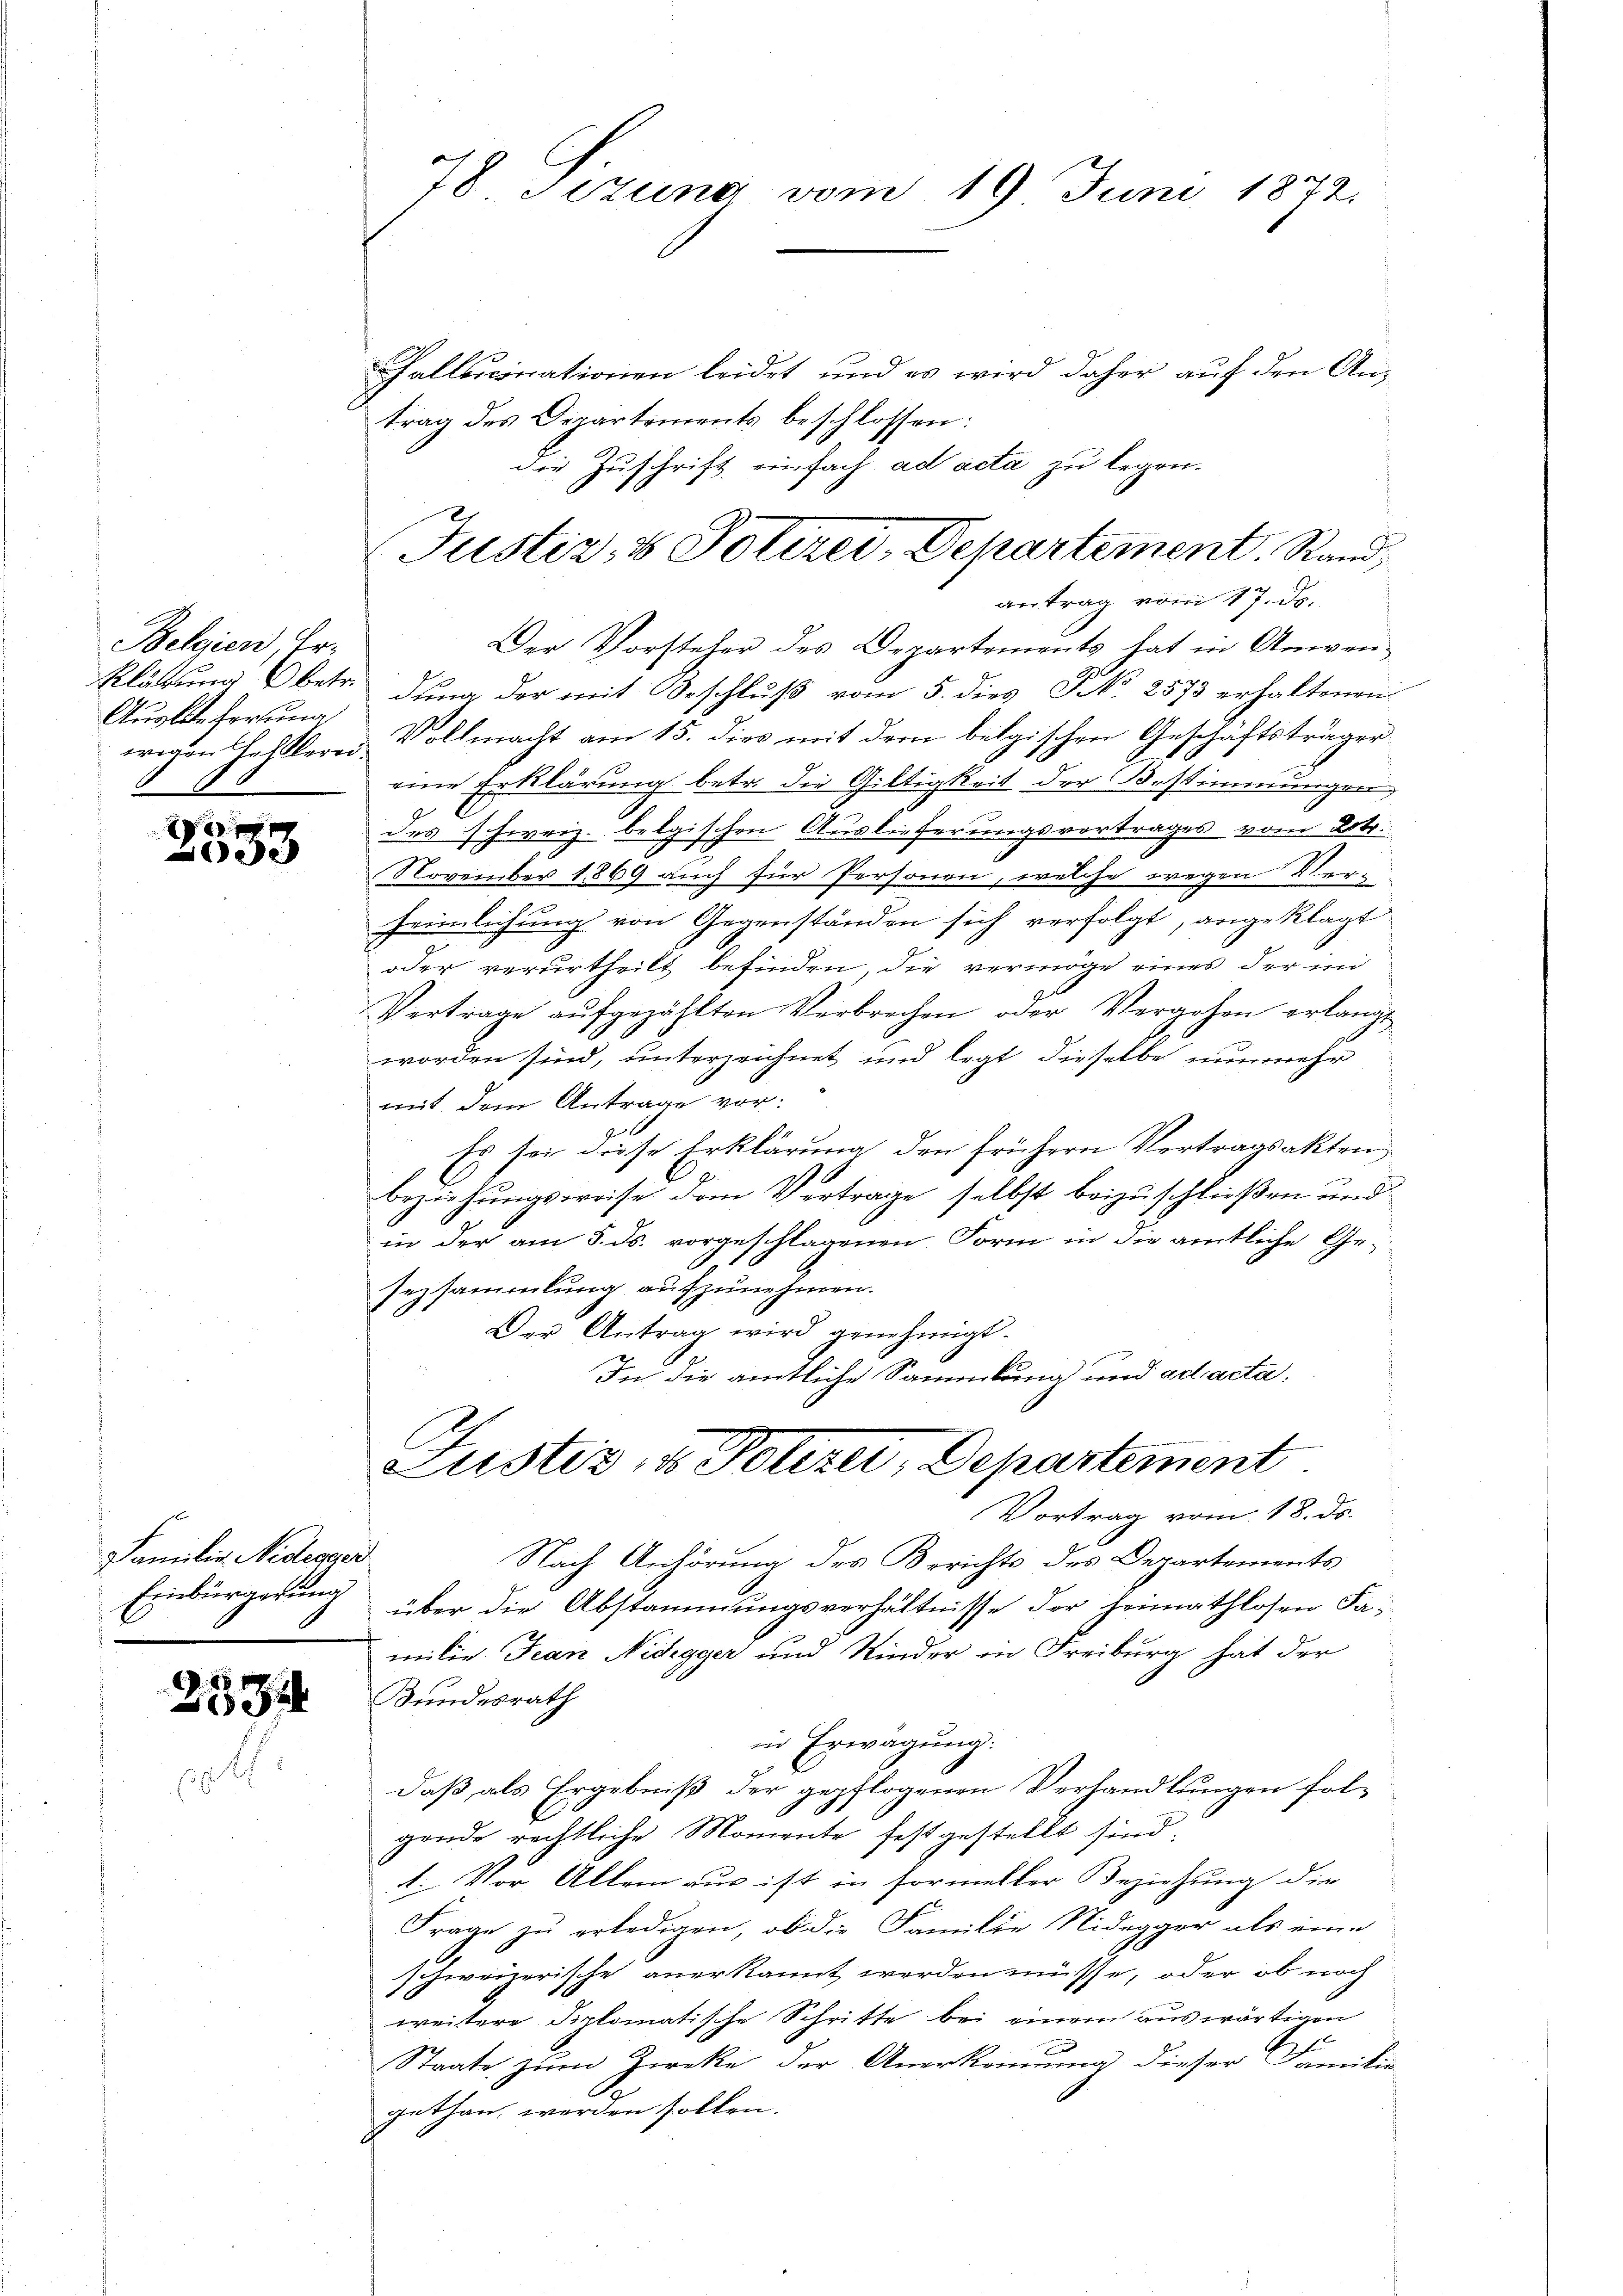
Belgien, Er¬
Auslieferung,
wegen Heftlerei

e
de

Familie Nidesger
Einbürgerung

2534

78 Sezung vom 19 Juni 1872.

hallucinationen leidet und es wird daher auf den Antrag des Departements beschlossen:
die Zuschrift einfach ad acta zu legen.

Justiz- & Polizei, Departement. Rand,
antrag vom 17. ds.
Der Vorsteher des Departements hat in Anwen¬

Klättung betr. dung der mit Beschluß vom 5. dies N. 2573 erhaltenen
Vollmacht am 15. dies mit dem belgischen Geschäftsträger
eine Erklärung betr. die Gültigkeit der Bestimmungen,
des schweiz. belgischen Auslieferungsvertrages vom 20.
November 1869 auch für Personen, welche wegen Verheimlichung von Gegenständen sich verfolgt, angeklagt
oder verurtheilt befinden, die vermöge eines der in
Vertrage aufgezählten Verbrechen oder Vergehen erlangt
worden sind, unterzeichnet und legt dieselbe nunmehr
mit dem Antrage vor.
Es sei diese Erklärung den frühern Vertragsakten
beziehungsweise dem Vertrage selbst beizuschließen und
in der am 5. ds. vorgeschlagenen Form in die amtliche Ge¬
Jezsammlung aufzunehmen.
Der Antrag wird genehmigt.
In die amtliche Sammlung und ad acta,

Justiz, u. Polizei, Departement.
Vortrag vom 18. ds.

Nach Anhörung des Berichts des Departements
über die Abstammungsverhältnisse der heimathlosen Familie Jean Nidegger und Kinder in Freiburg hat der
Bundesrath
in Erwägung:
J
daß als Ergebniß der gepflogenen Verhandlungen folgende rechtliche Momente festgestellt sind,
A. Vor Allem aus ist in formeller Beziehung die
Frage zu erledigen, ob die Familie Nidegger als eine
schweizerische anerkannt werden müsse, oder ob noch
weitere Diplomatische Schritte bei einem auswärtigen
Staate zum Zircke der Anerkennung dieser Familie
gethan werden sollen.